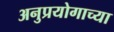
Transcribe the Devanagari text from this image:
अनुप्रयोगाच्या